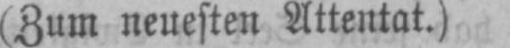
(Zum neuesten Attentat.)